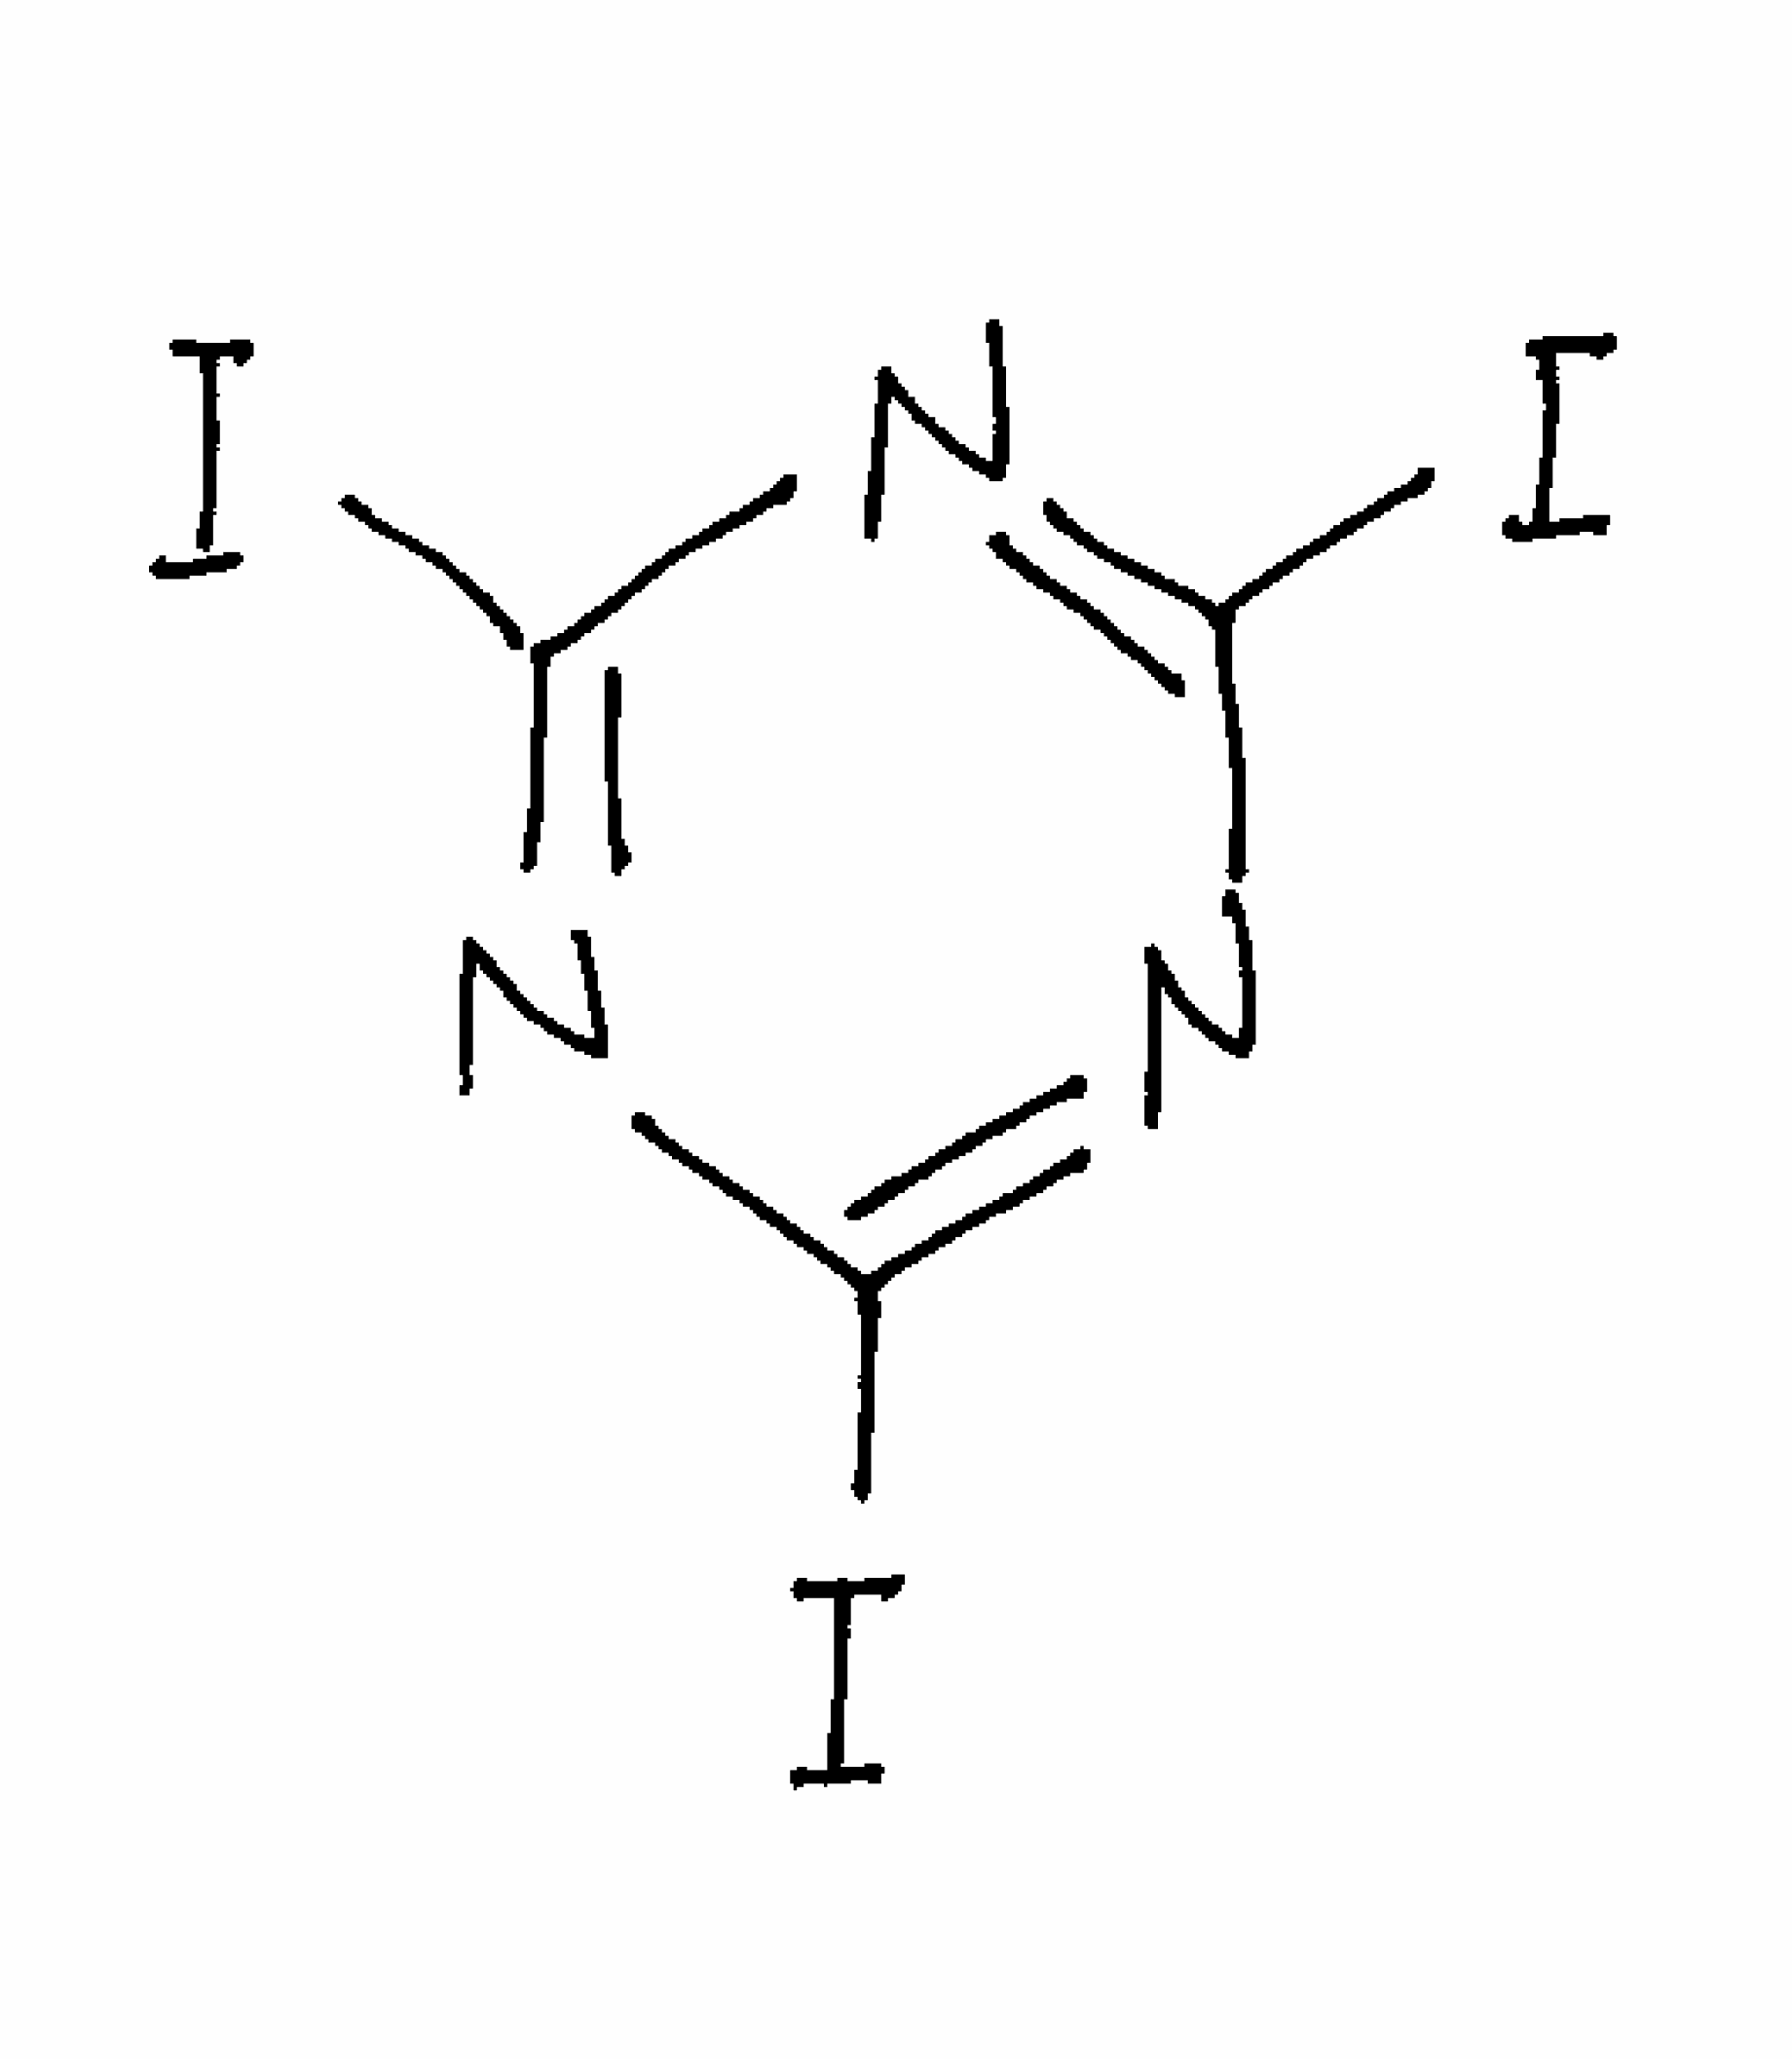
Simplified molecular-input line-entry system (SMILES) notation of the given molecule:
C1(=NC(=NC(=N1)I)I)I